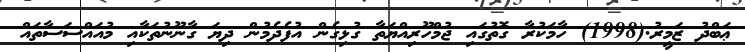
ޢަބްދު ޒަމީރު.(1998) ހާމަކުރާ ގޮތުގައި ޖުމްހޫރިއްޔަތާ ގުޅިގެން އުފެދެމުން ދިޔަ ގާނޫނުތަކާއި މުއައްސަސާތައް